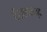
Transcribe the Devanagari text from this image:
हौसलामन्द